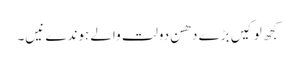
کجھ لوکیں بڑے دھن دولت والے ہوندے نیں۔